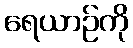
ရေယာဉ်ကို